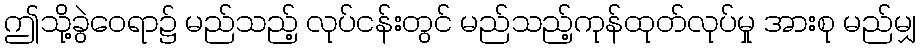
ဤသို့ခွဲဝေရာ၌ မည်သည့် လုပ်ငန်းတွင် မည်သည့်ကုန်ထုတ်လုပ်မှု အားစု မည်မျှ